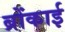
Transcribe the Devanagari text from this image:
ब्रोंकाई